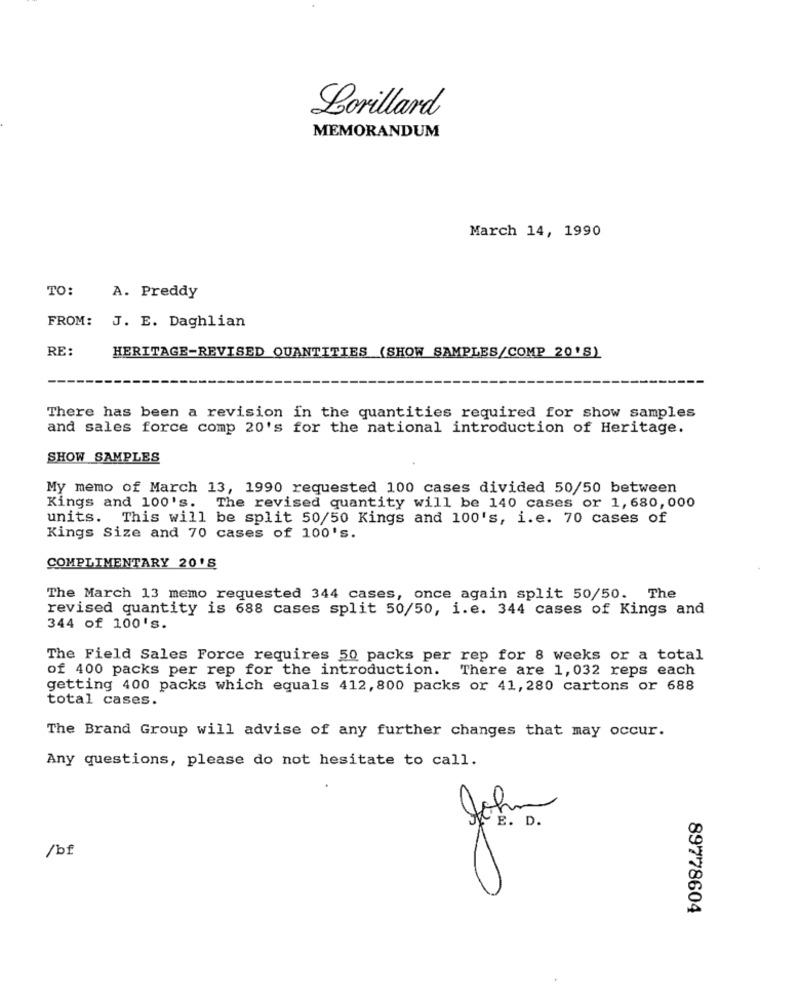
Lorillard
MEMORANDUM
March 14, 1990
TO:
A. Preddy
FROM:
J. E. Daghlian
RE:
HERITAGE-REVISED QUANTITIES (SHOW SAMPLES/COMP 20'S)
There has been a revision in the quantities required for show samples
and sales force comp 20's for the national introduction of Heritage.
SHOW SAMPLES
My memo of March 13, 1990 requested 100 cases divided 50/50 between
Kings and 100's. The revised quantity will be 140 cases or 1, 680,000
units. This will be split 50/50 Kings and 100's, i.e. 70 cases of
Kings Size and 70 cases of 100's.
COMPLIMENTARY 20'S
The March 13 memo requested 344 cases, once again split 50/50. The
revised quantity is 688 cases split 50/50, i.e. 344 cases of Kings and
344 of 100's.
The Field Sales Force requires 50 packs per rep for 8 weeks or a total
of 400 packs per rep for the introduction. There are 1,032 reps each
getting 400 packs which equals 412, 800 packs or 41, 280 cartons or 688
total cases.
The Brand Group will advise of any further changes that may occur.
Any questions, please do not hesitate to call.
John
E. D.
/bf
89778604